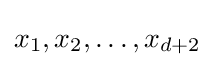
x_{1},x_{2},\dots ,x_{d+2}